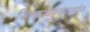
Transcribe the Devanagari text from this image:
जिल्हाधिकाऱ्यामार्फत